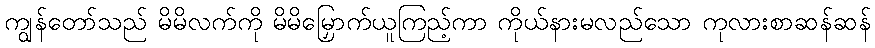
ကျွန်တော်သည် မိမိလက်ကို မိမိမြှောက်ယူကြည့်ကာ ကိုယ်နားမလည်သော ကုလားစာဆန်ဆန်